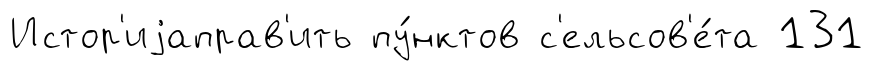
Истор'иjаправ'ить пу́нктов с'ельсов'е́та 131